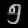
Digit: ၅